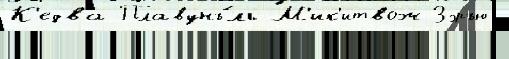
К'едва Плавунъ́ль М'ик'итвож Зэръю